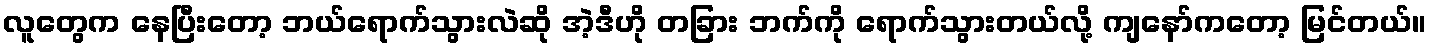
လူတွေက နေပြီးတော့ ဘယ်ရောက်သွားလဲဆို အဲ့ဒီဟို တခြား ဘက်ကို ရောက်သွားတယ်လို့ ကျနော်ကတော့ မြင်တယ်။